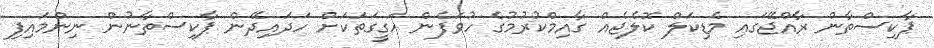
ޕާކިސްތާން ރާއްޖޭގައި މެޑިކަލް ކޮލެޖެއް ގާއިމްކުރުމުގެ ހުވަފެން ހަގީގަތަކަށް ހަދައިދޭން ޕާކިސްތާނުން ނިންމައިފި